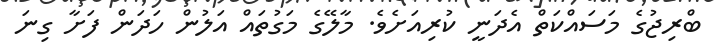
ބްރިޖުގެ މަސައްކަތް އެދަނީ ކުރިއަށެވެ. މާލޭގެ މަގުތައް އަލުން ހަދަން ފަށާ ގިނަ